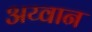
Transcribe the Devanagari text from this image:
अय्वान